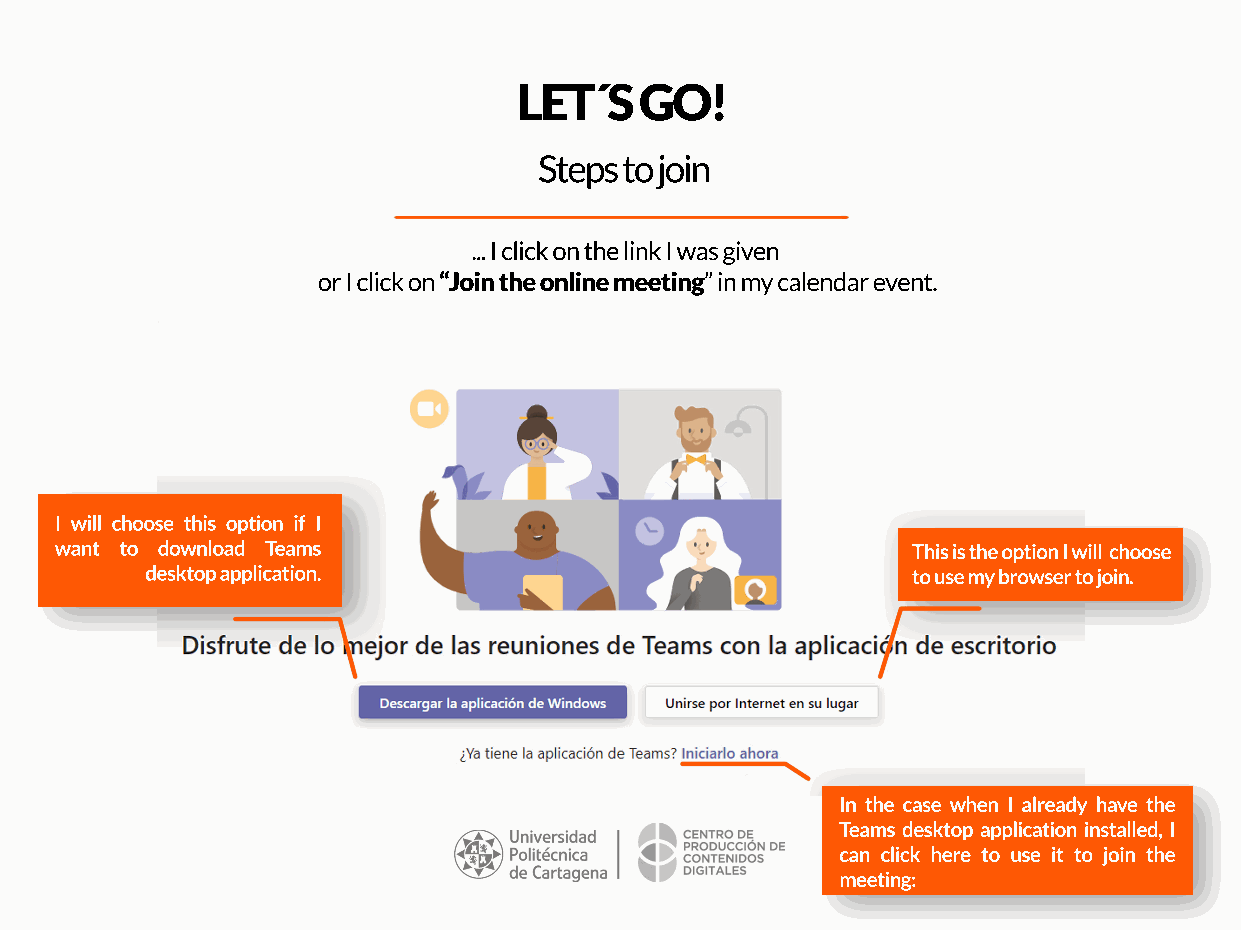
LET´S   GO!
 Steps to join
 ... I click on the link I was given
 or I click on “Join the online meeting” in my calendar event.
 I will choose this option if I
 want to download Teams                                  This is the option I will choose
 desktop application.                              to use my browser to join.
 In the case when I already have the
 Teams desktop application installed, I
 can click here to use it to join the
 meeting: